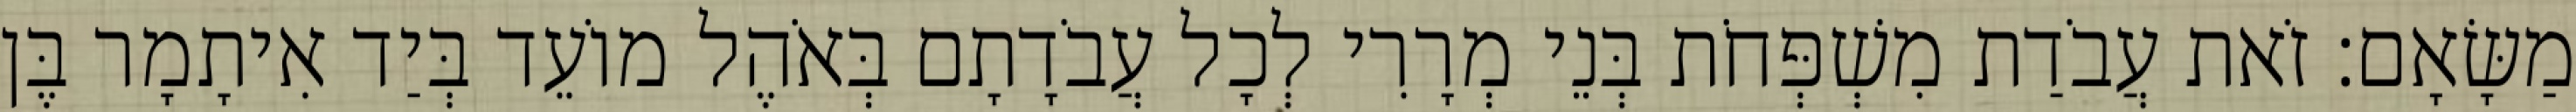
מַשָּׂאָם׃ זֹאת עֲבֹדַת מִשְׁפְּחֹת בְּנֵי מְרָרִי לְכָל עֲבֹדָתָם בְּאֹהֶל מוֹעֵד בְּיַד אִיתָמָר בֶּן